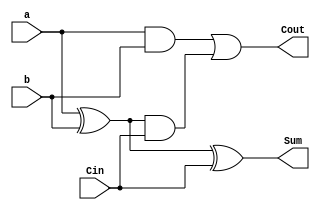
module Fulladder(a, b, Cin, Sum, Cout);

	input	a, b, Cin;
	output	Sum, Cout;

	wire	s0, c0, c1;

	assign	s0 = a^b;
	assign	c0 = a&b;
	assign	c1 = s0&Cin;
	assign	Sum = s0^Cin;
	assign	Cout = c0|c1;

endmodule